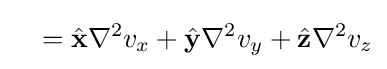
~~~={\hat {\mathbf {x} }}\nabla ^{2}v_{x}+{\hat {\mathbf {y} }}\nabla ^{2}v_{y}+{\hat {\mathbf {z} }}\nabla ^{2}v_{z}